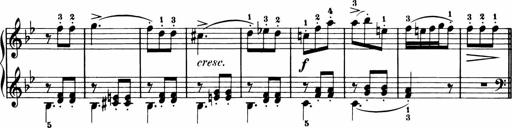
Title: 11 Sonatinas for Piano Solo
Composer: Anton Diabelli